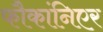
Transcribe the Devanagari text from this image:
फौकांनिएर